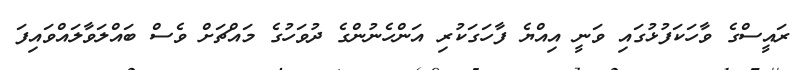
ރައީސްގެ ވާހަކަފުޅުގައި ވަނީ އިއްޔެ ފާހަގަކުރި އަންހެނުންގެ ދުވަހުގެ މައްޗަށް ވެސް ބައްލަވާލައްވައިފަ